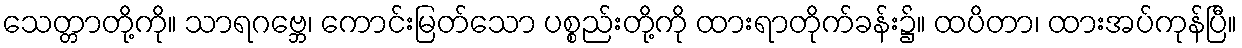
သေတ္တာတို့ကို။ သာရဂဗ္ဘေ၊ ကောင်းမြတ်သော ပစ္စည်းတို့ကို ထားရာတိုက်ခန်း၌။ ထပိတာ၊ ထားအပ်ကုန်ပြီ။